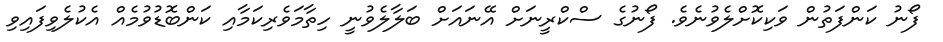
ފޯނު ކަންފަތުން ވަކިކޮށްލެވުނެވެ. ފޯނުގެ ސްކްރީނަށް އޭނައަށް ބަލާލެވުނީ ހިތާމަވެރިކަމާއި ކަންބޮޑުވުމެއް އެކުލެވިފައިވި